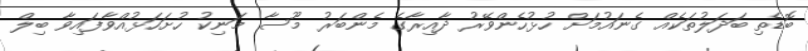
ބޮޑެތި ބަދަލުތަކެއް ގެނައުމަށް ހުޅުހެންވޭރު ދާއިރާގެ މެންބަރު މޫސާ މަނިކު ހުށަހަޅުއްވާފައިވާ ބިލް